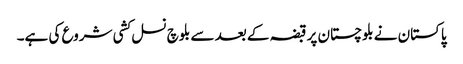
پاکستان نے بلوچستان پر قبضہ کے بعد سے بلوچ نسل کشی شروع کی ہے۔